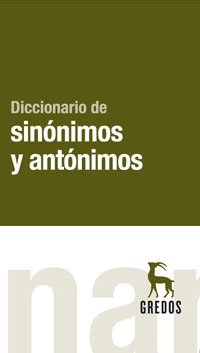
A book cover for Diccionario de sinÃ³nimos y antÃ³nimos (Spanish Edition); MarÃ­a Moliner; Reference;